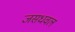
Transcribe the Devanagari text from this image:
जसधवल